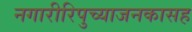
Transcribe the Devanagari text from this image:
नगारीरिपुच्याजनकासह